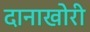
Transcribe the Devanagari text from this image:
दानाखोरी